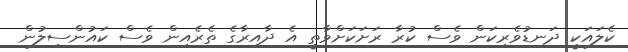
ކެލައަކީ ދަނޑުވެރިކަން ވެސް ކުރާ ރަށަކަށްވާތީ އެ ދާއިރާގެ ތެރެއިން ވެސް ކައުންސިލުން